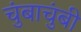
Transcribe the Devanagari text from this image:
चुंबाचुंबी